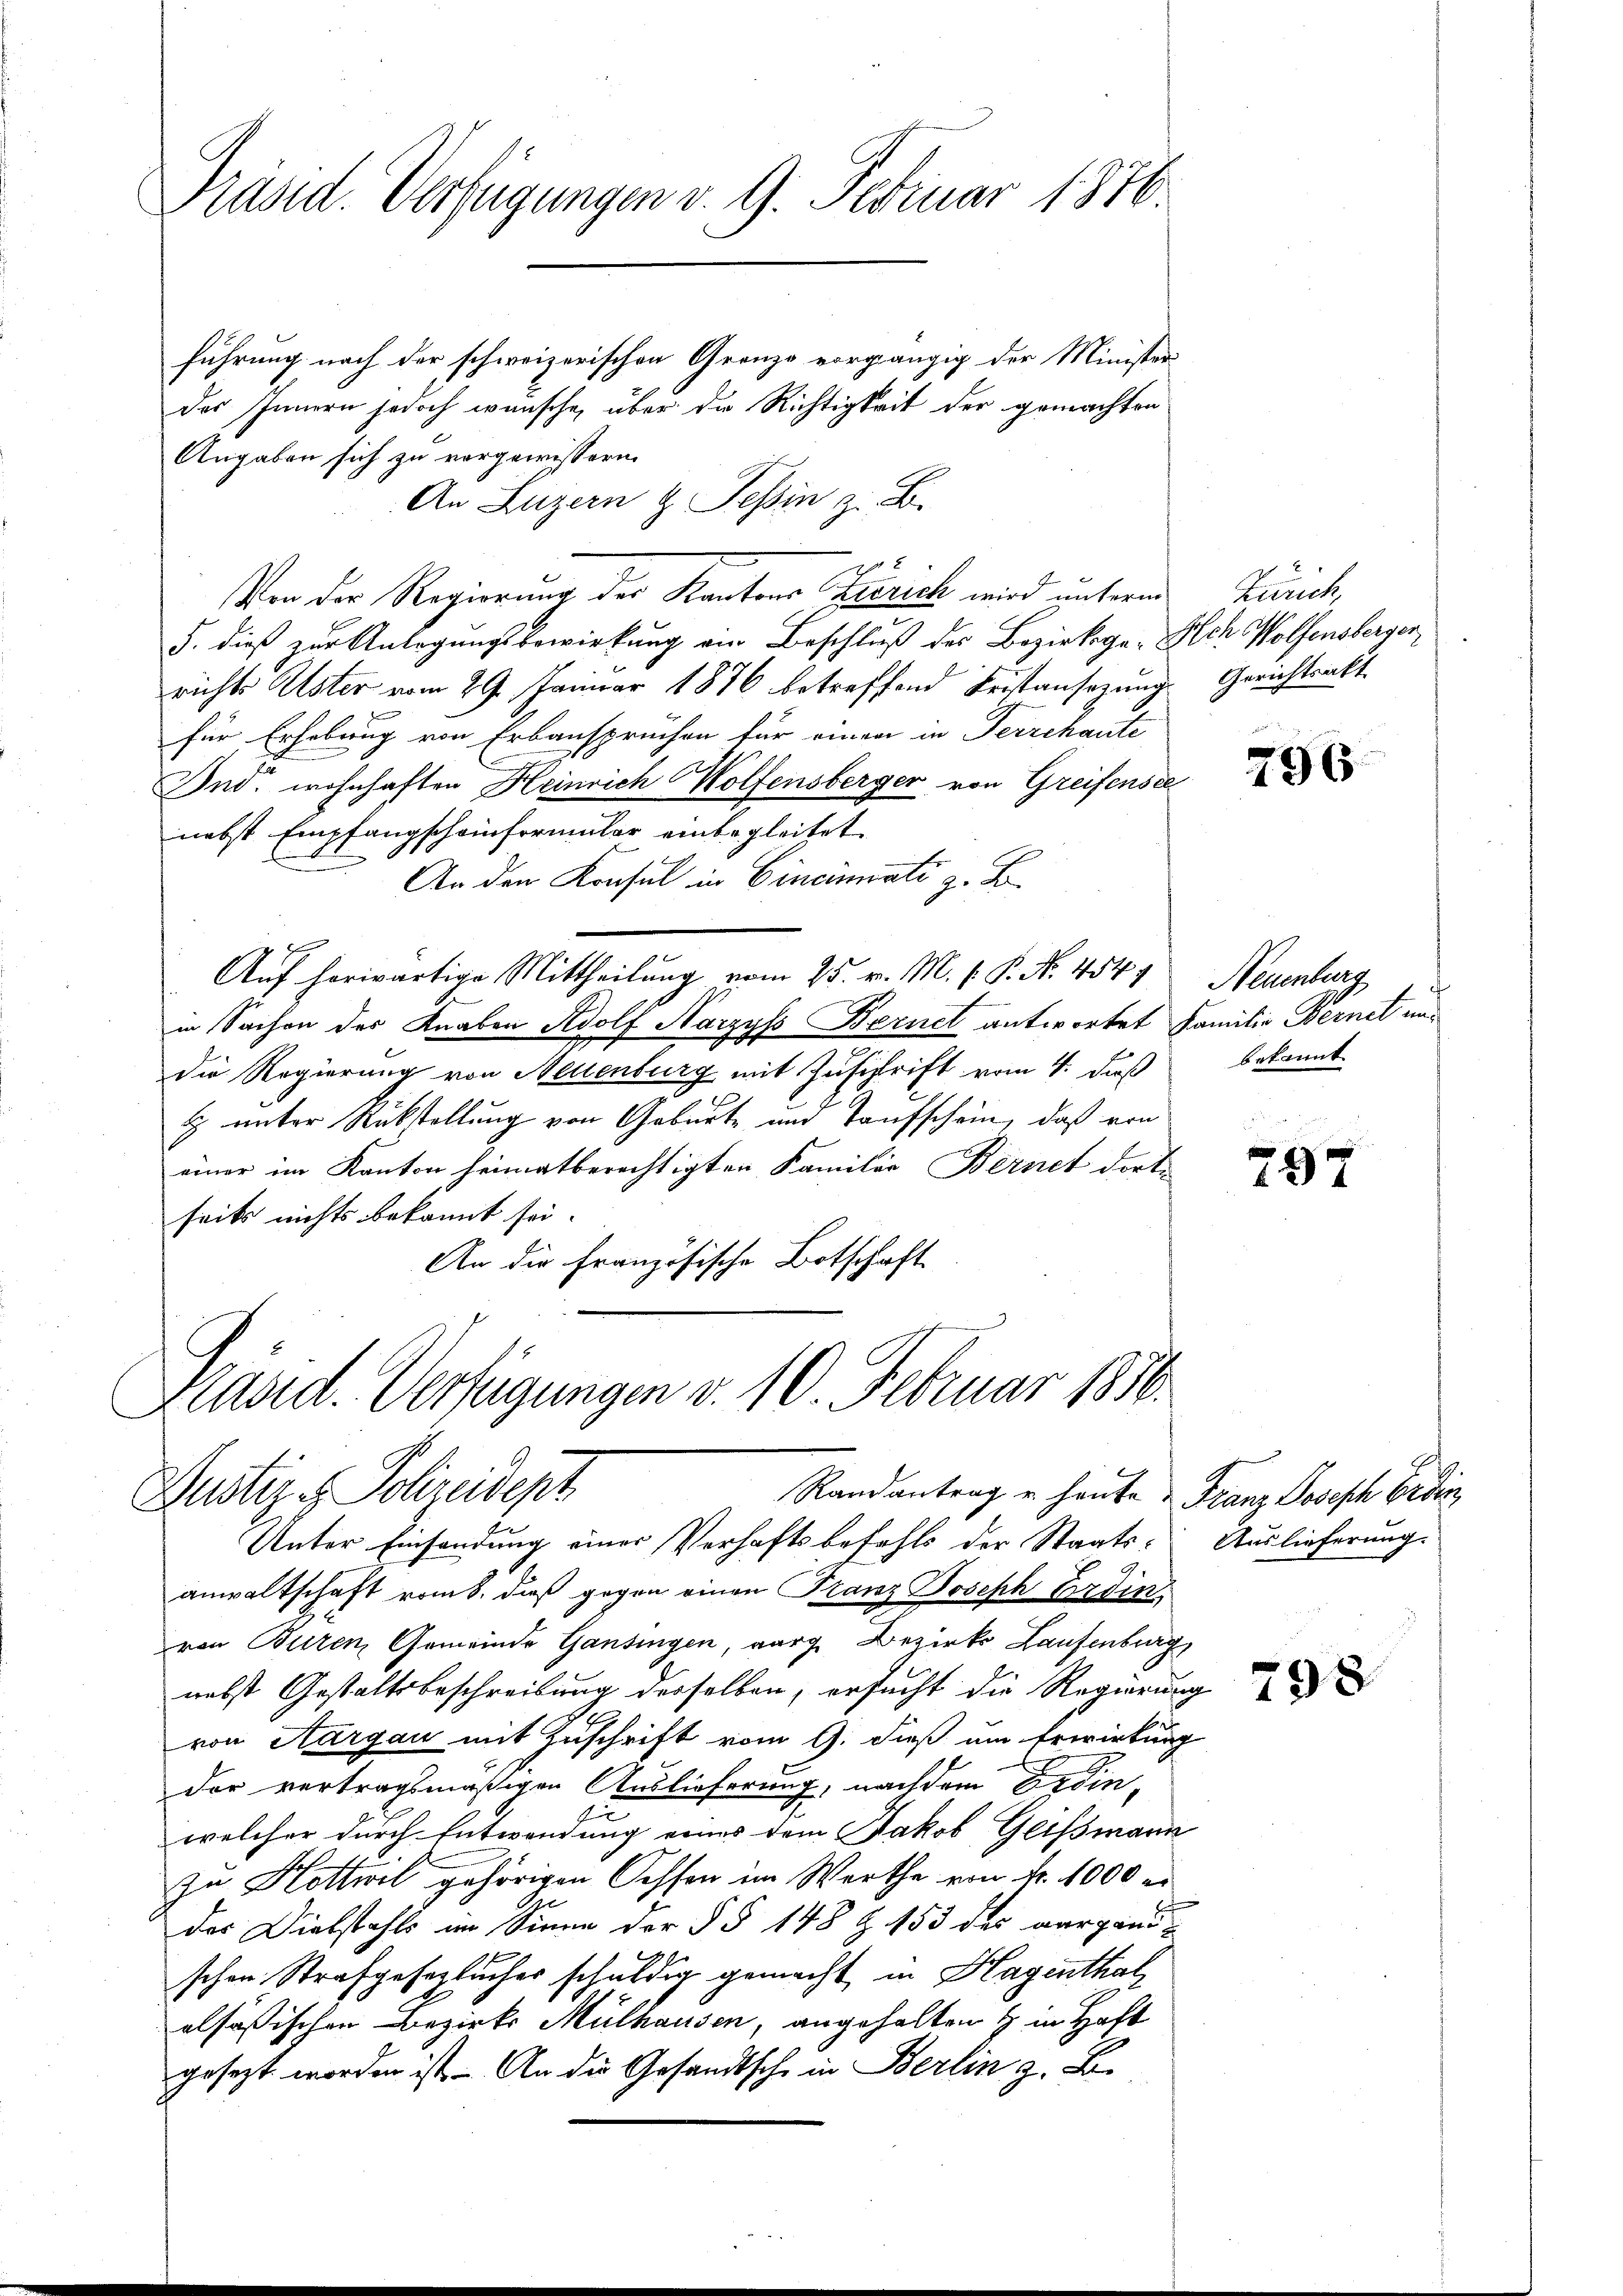
Präsid. Verfügungen v. 9. Februar 1876.

führung nach der schweizerischen Grenzo vorgängig der Minister
des Innern jedoch wünsche, über der Richtigkeit der gemachten
Angaben sich zu vorgewissern.
An Luzern & Tessin z. B.
Von der Regierung der Kantons Zürich wird unterm
5. dieß zur Anlagungsbewirkung ein Beschluß des Bezirksge- Dich Wolfensbergerrichts Elster vom 29. Januar 1876 betreffend Fristansezung
für Erhebung von Erbanspruchen für einen in Ferrchaute
Ind. wohnhaften Heinrich Wolfensberger von Greifensel
nebst Empfangscheinformular einbegleitet.
An den Konsul in Cincinati z. B.
2
Auf herwärtige Mittheilung vom 25. v. M. P.P. Nr. 454.
in Sachen der Knaben Adolf Harzys Bernel antwortet Familie Bernet undie Regierung von Neuenburg mit Zusistrift vom 4. daß
& unter Rückstellung von Geburte und Taufschein, daß von
einer im Kanton heimatberechtigten Familie Bernet dort
seits nichts bekannt sei.
An die Französische Botschaft
Präsid. Verfügungen v. 10. Februar 1810.

Randantrag u. heute - Franz Joseph Erdin
Justiz - Polizeidept
Unter Einsendung einer Verhaftsbefehls der Staats- Auslieferung.

Zürich,
Gerichtsakt

anwaltschaft vom 8. daß gegen einen Franz Joseph Erdin
von Bieren Gemeinde Gansingen, aarg. Bezirks Laufenburg,
nebst Gestaltsbeschreibung derselben, ersucht die Regierung
von Aargau mit Zuschrift vom 9. dieß um Erwirkung
der vertragsmäßigen Auslieferung, nachdem Erdin-
1
welcher durch Entwendung eines dem Jakob Geißmann
zu Hottwil gehörigen Sessen im Werthe von Fr. 1000 e
der Diebstahls im Sinne der §§ 148 Z. 153 des aargand-
b
schen Strafgesezlicher schuldig gemacht in Hagenthal
alsössischen Bezirks Mülhausen, angehalten & in Haft
gesezt worden ist. - An die Gesandtsche in Berlin z. B.

296

Neuenburg
bekannt

797

798